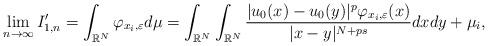
LaTeX: \begin{align*}&\phantom{=}\lim_{n\to\infty} I_{1,n}'=\int_{\mathbb{R}^N} \varphi_{x_i,\varepsilon}d\mu = \int_{\mathbb{R}^N} \int_{\mathbb{R}^N}\frac{|u_0(x)-u_0(y)|^{p}\varphi_{x_i,\varepsilon}(x)}{|x-y|^{N+ps}}dxdy +\mu_i,\end{align*}